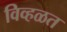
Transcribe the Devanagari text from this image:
विव्हळत